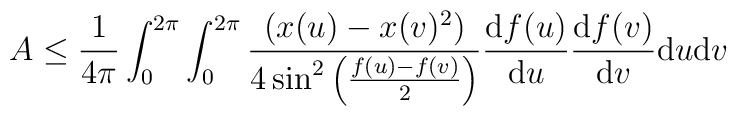
A\leq\frac{1}{4\pi}\int_0^{2\pi}\int_0^{2\pi}\frac{(x(u)-x(v)^2)}{4\sin^2\left(\frac{f(u)-f(v)}{2}\right)}\frac{\mathrm{d}f(u)}{\mathrm{d}u}\frac{\mathrm{d}f(v)}{\mathrm{d}v}\mathrm{d}u\mathrm{d}v